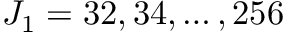
J _ { 1 } = 3 2 , 3 4 , \dots , 2 5 6